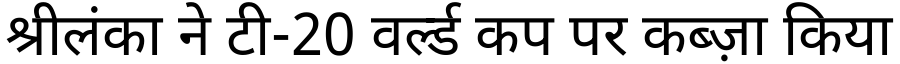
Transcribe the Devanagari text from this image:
श्रीलंका ने टी-20 वर्ल्ड कप पर कब्ज़ा किया